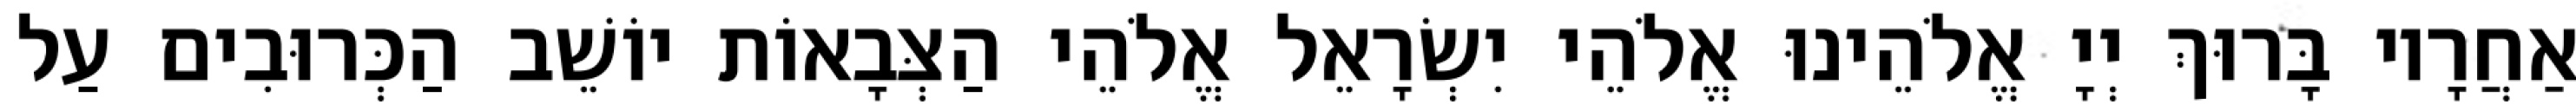
אַחֲרָיו בָּרוּךְ יְיָ אֱלֹהֵינוּ אֱלֹהֵי יִשְׂרָאֵל אֱלֹהֵי הַצְּבָאוֹת יוֹשֵׁב הַכְּרוּבִים עַל